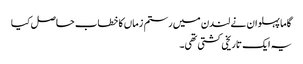
گاما پہلوان نے لندن میں رستم زماں کا خطاب حاصل کیا
یہ ایک تاریخی کشتی تھی۔